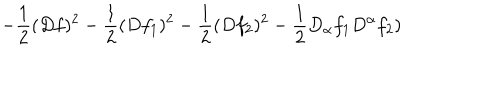
LaTeX: - \frac { 1 } { 2 } ( D f ) ^ { 2 } - \frac { 1 } { 2 } ( D f _ { 1 } ) ^ { 2 } - \frac { 1 } { 2 } ( D f _ { 2 } ) ^ { 2 } - \frac { 1 } { 2 } D _ { \alpha } f _ { 1 } D ^ { \alpha } f _ { 2 } )